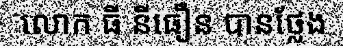
លោក ធី នីធឿន បានថ្លែង